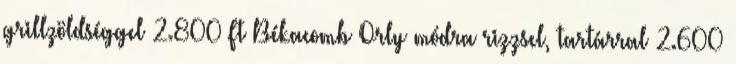
grillzöldséggel 2.800 Ft Békacomb Orly módra rizzsel, tartárral 2.600